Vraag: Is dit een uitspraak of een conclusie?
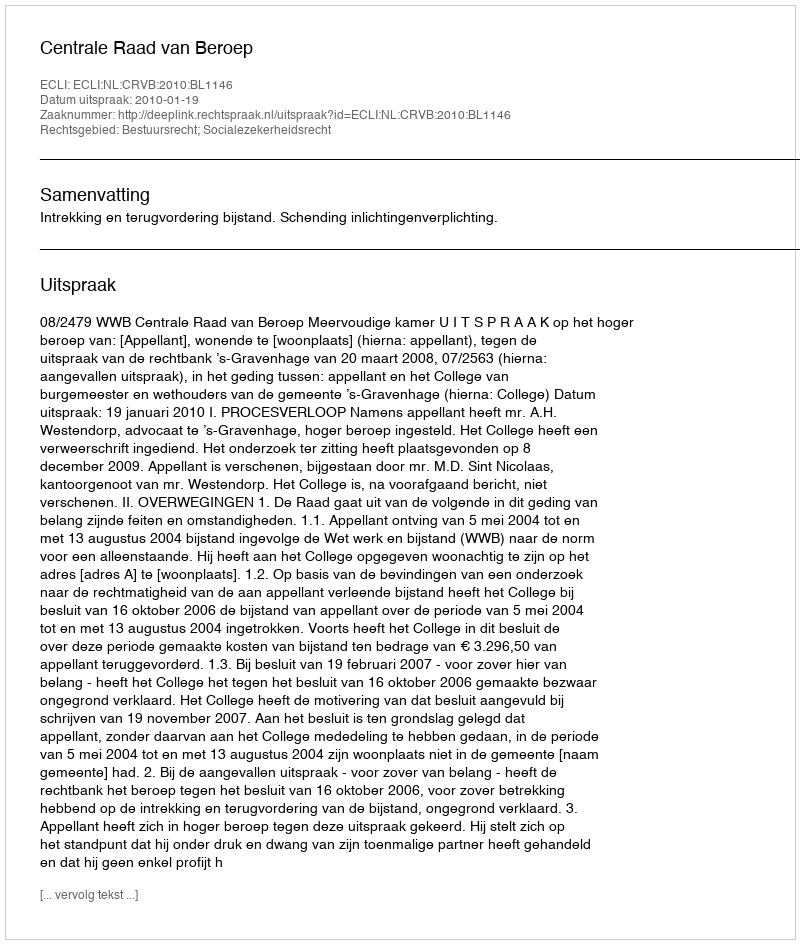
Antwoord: Uitspraak